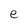
Character: e